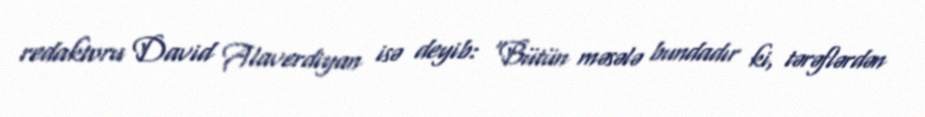
redaktoru David Alaverdiyan isə deyib: “Bütün məsələ bundadır ki, tərəflərdən